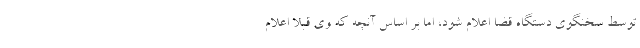
توسط سخنگوی دستگاه قضا اعلام شود، اما بر اساس آنچه که وی قبلا اعلام